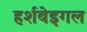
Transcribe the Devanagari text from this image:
हर्शबेइगल